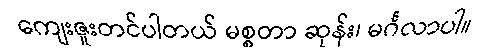
ကျေးဇူးတင်ပါတယ် မစ္စတာ ဆုန်း၊ မင်္ဂလာပါ။